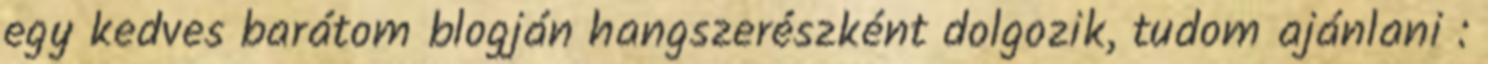
egy kedves barátom blogján hangszerészként dolgozik, tudom ajánlani :